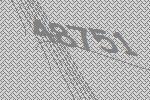
48751